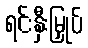
ရင်းနှီးမြှုပ်